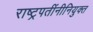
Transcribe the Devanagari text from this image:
राष्ट्रपतींनीनियुक्त